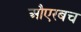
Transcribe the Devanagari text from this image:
औएरबच